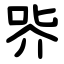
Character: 㖎